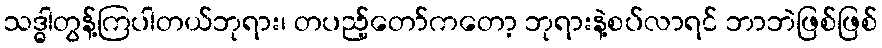
သဒ္ဓါတွန့်ကြပါတယ်ဘုရား၊ တပည့်တော်ကတော့ ဘုရားနဲ့စပ်လာရင် ဘာဘဲဖြစ်ဖြစ်